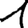
Digit: 1